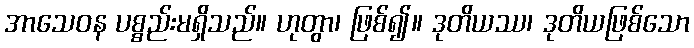
အာသေဝန ပစ္စည်းမရှိသည်။ ဟုတွာ၊ ဖြစ်၍။ ဒုတိယဿ၊ ဒုတိယဖြစ်သော